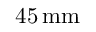
4 5 \, \mathrm { m m }